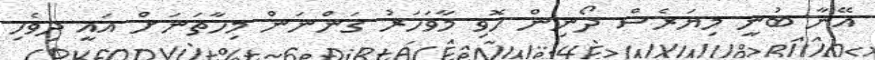
އޭނާ ބުނީ މިޔަރެސް ދޯނިން ހޮވި މާވަހަރު ގަންނަން މިހާތަނަށް އައީ ދިވެހި